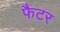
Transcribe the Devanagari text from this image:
फैटर